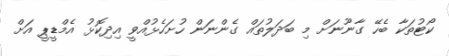
ކޯޓުތަކާ ބެހޭ ގާނޫނަށް މި ބަދަލުތައް ގެންނަން ހުށަހެޅުއްވީ އިދިކޮޅު އެމްޑީޕީ އަށް